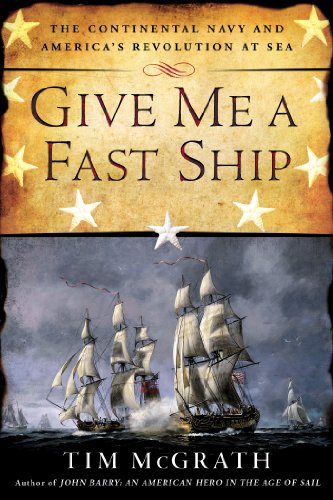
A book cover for Give Me a Fast Ship: The Continental Navy and America's Revolution at Sea; Tim McGrath; History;